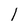
Character: l